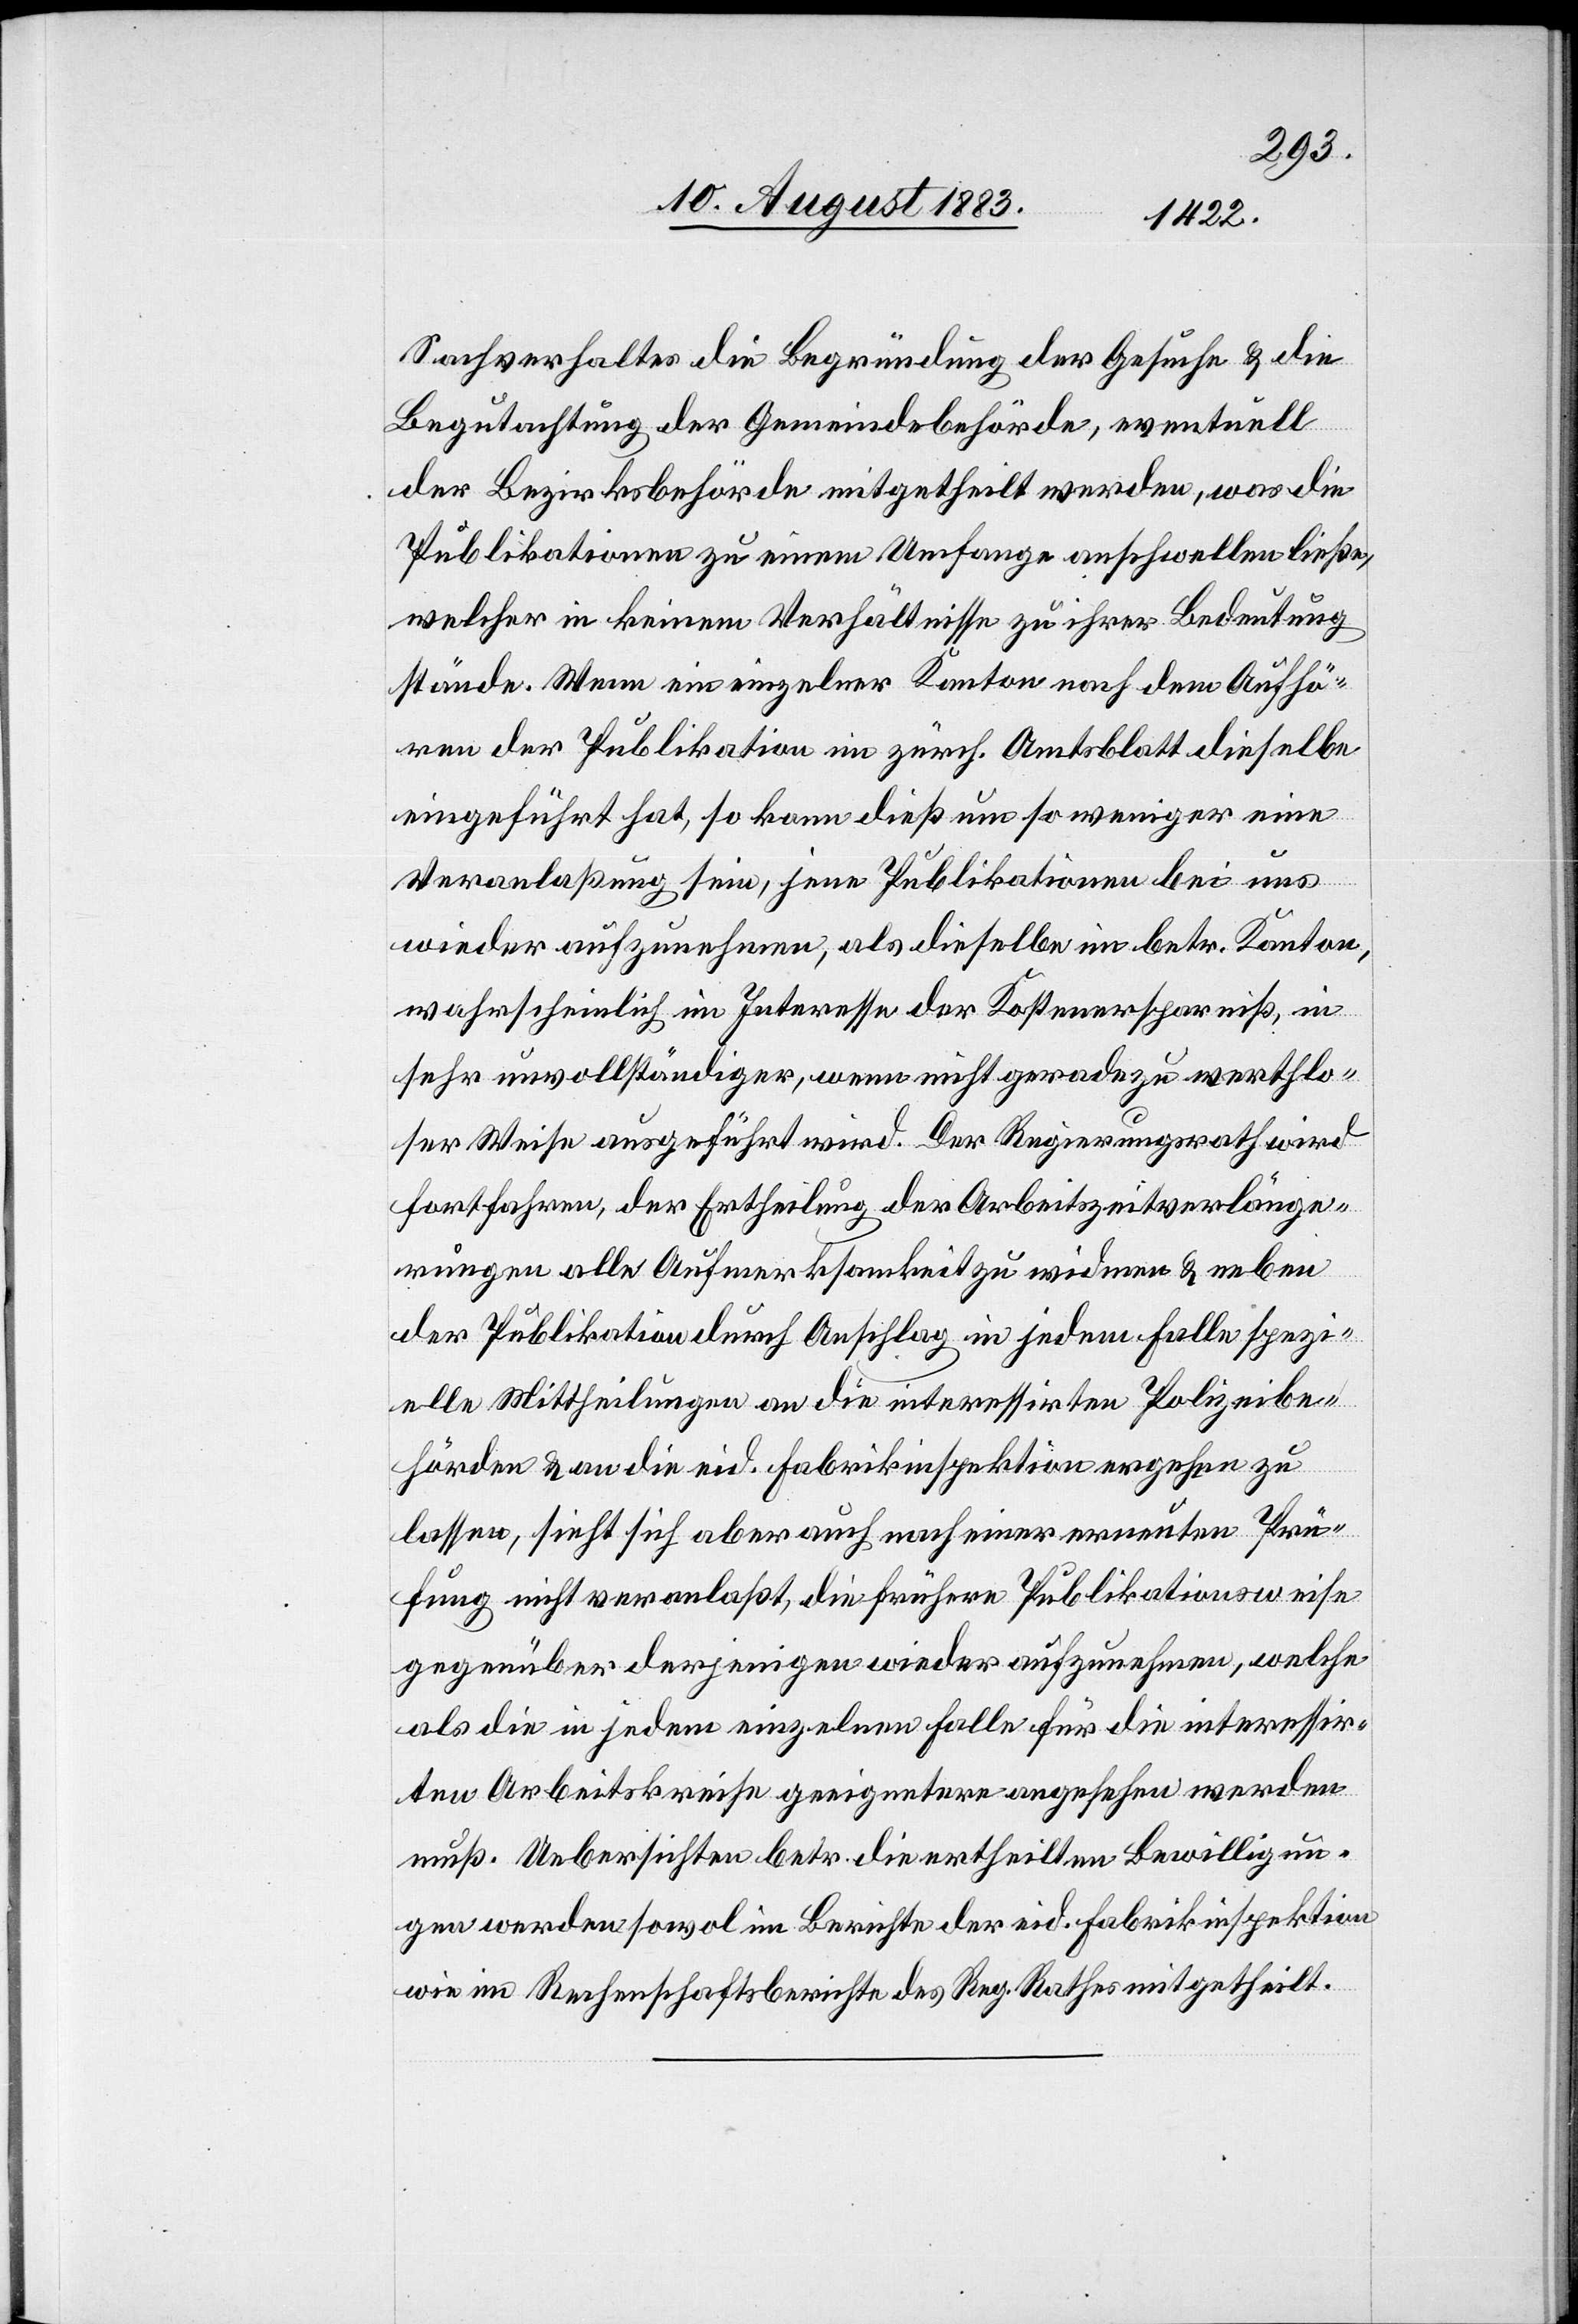
Sachverhaltes die Begründung der Gesuche & die
Begutachtung der Gemeindebehörde, eventuell
der Bezirksbehörde mitgetheilt werden, was die
Publikationen zu einem Umfange anschwellen ließe,
welcher in keinem Verhältnisse zu ihrer Bedeutung
stände. Wenn ein einzelner Kanton nach dem Aufhö¬
ren der Publikation im zürch. Amtsblatt dieselbe
eingeführt hat, so kann dieß um so weniger eine
Veranlaßung sein, jene Publikation bei uns
wieder aufzunehmen, als dieselbe im betr. Kanton,
wahrscheinlich im Interesse der Kostenersparniß, in
sehr unvollständiger, wenn nicht geradezu werthlo¬
ser Weise ausgeführt wird. Der Regierungsrath wird
fortfahren, der Ertheilung der Arbeitszeitverlänge¬
rungen alle Aufmerksamkeit zu widmen & neben
der Publikation durch Anschlag in jedem Falle spezi¬
elle Mittheilungen an die interessirten Polizeibe¬
hörden & an die eid. Fabrikinspektion ergehen zu
lassen, sieht sich aber auch nach einer erneuten Prü¬
fung nicht veranlaßt, die frühere Publikationsweise
gegenüber derjenigen wieder aufzunehmen, welche
als die jedem einzelnen Falle für die interessir¬
ten Arbeitskreise geeignetere angesehen werden
muß. Uebersichten betr. die ertheilten Bewilligun¬
gen werden sowol im Berichte der eid. Fabrikinspektion
wie im Rechenschaftsberichte des Reg. Rathes mitgetheilt.